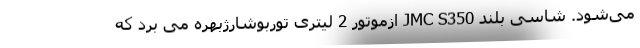
می‌شود. شاسی بلند JMC S350 ازموتور 2 لیتری توربوشارژبهره می برد که